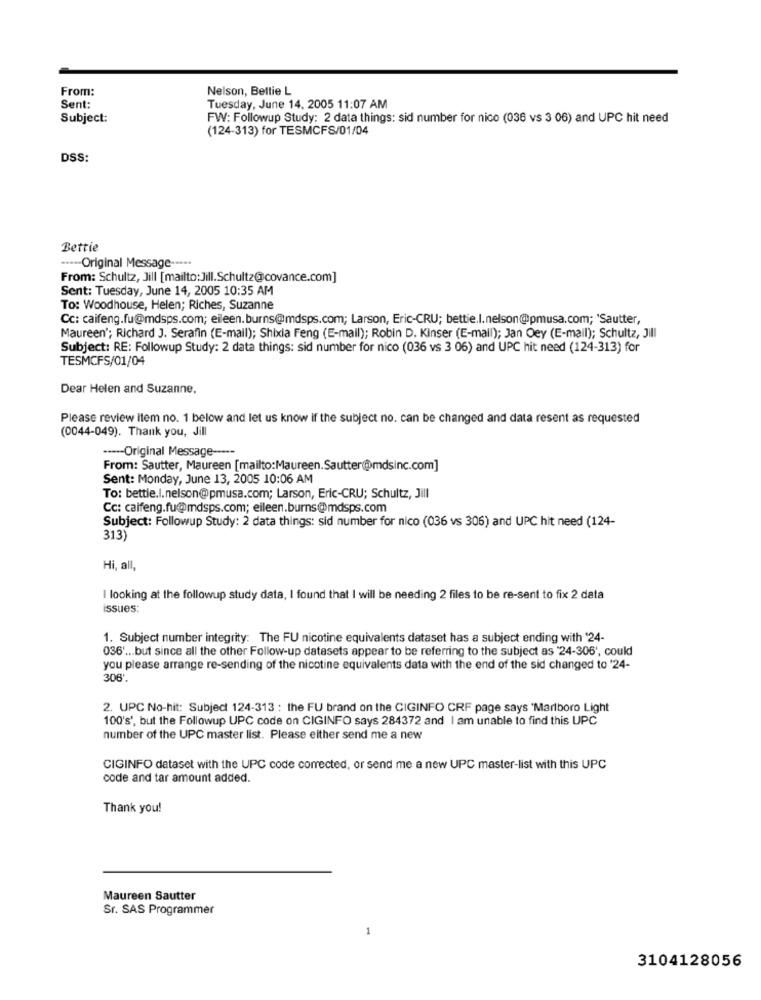
From:
Nelson, Bellie L
Sent:
Tuesday, June 14. 2005 11:07 AM
Subject:
FW: Followup Study: 2 data things: sid number for nico (036 vs 3 06) and UPC hit need
(124-313) for TESMCFS/01/04
DSS:
Bettie
----- Original Message --...
From: Schultz, Jill [mailto: Jill.Schultz@covance.com]
Sent: Tuesday, June 14, 2005 10:35 AM
To: Woodhouse, Helen; Riches, Suzanne
Cc: caifeng.fu@mdsps.com; eileen.burns@mdsps.com; Larson, Eric-CRU; bettie.l.nelson@pmusa.com; 'Sautter,
Maureen'; Richard J. Serafin (E-mail); Shixia Feng (E-mail); Robin D. Kinser (E-mail); Jan Oey (E-mail); Schultz, Jill
Subject: RE: Followup Study: 2 data things: sid number for nico (036 vs 3 06) and UPC hit need (124-313) for
TESMCFS/01/04
Dear Helen and Suzanne,
Please review item no. 1 below and let us know if the subject no. can be changed and data resent as requested
(0044-049). Thank you, Jill
----- Original Message -----
From: Sautter, Maureen [mailto:Maureen.Sautter@mdsinc.com]
Sent: Monday, June 13, 2005 10:06 AM
To: bettie.l.nelson@pmusa.com; Larson, Eric-CRU; Schultz, Jill
Cc: caifeng.fu@mdsps.com; eileen.burns@mdsps.com
Subject: Followup Study: 2 data things: sid number for nico (036 vs 306) and UPC hit need (124-
313
Hi, all,
I looking at the followup study data, I found that I will be needing 2 files to be re-sent to fix 2 data
issues:
1. Subject number integrity: The FU nicotine equivalents dataset has a subject ending with '24-
036' ... but since all the other Follow-up datasets appear to be referring to the subject as "24-306', could
you please arrange re-sending of the nicotine equivalents data with the end of the sid changed to '24-
306'.
2. UPC No-hit: Subject 124-313 : the FU brand on the CIGINFO CRF page says 'Marlboro Light
100's', but the Followup UPC code on CIGINFO says 284372 and I am unable to find this UPC
number of the UPC master list. Please either send me a new
CIGINFO dataset with the UPC code corrected, or send me a new UPC master-list with this UPC
code and tar amount added.
Thank you!
Maureen Sautter
Sr. SAS Programmer
3104128056